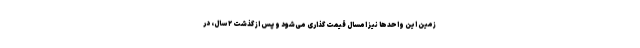
زمین این واحدها نیز امسال قیمت گذاری می‌شود و پس از گذشت ۲ سال، در